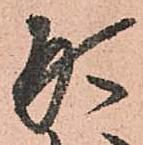
刑